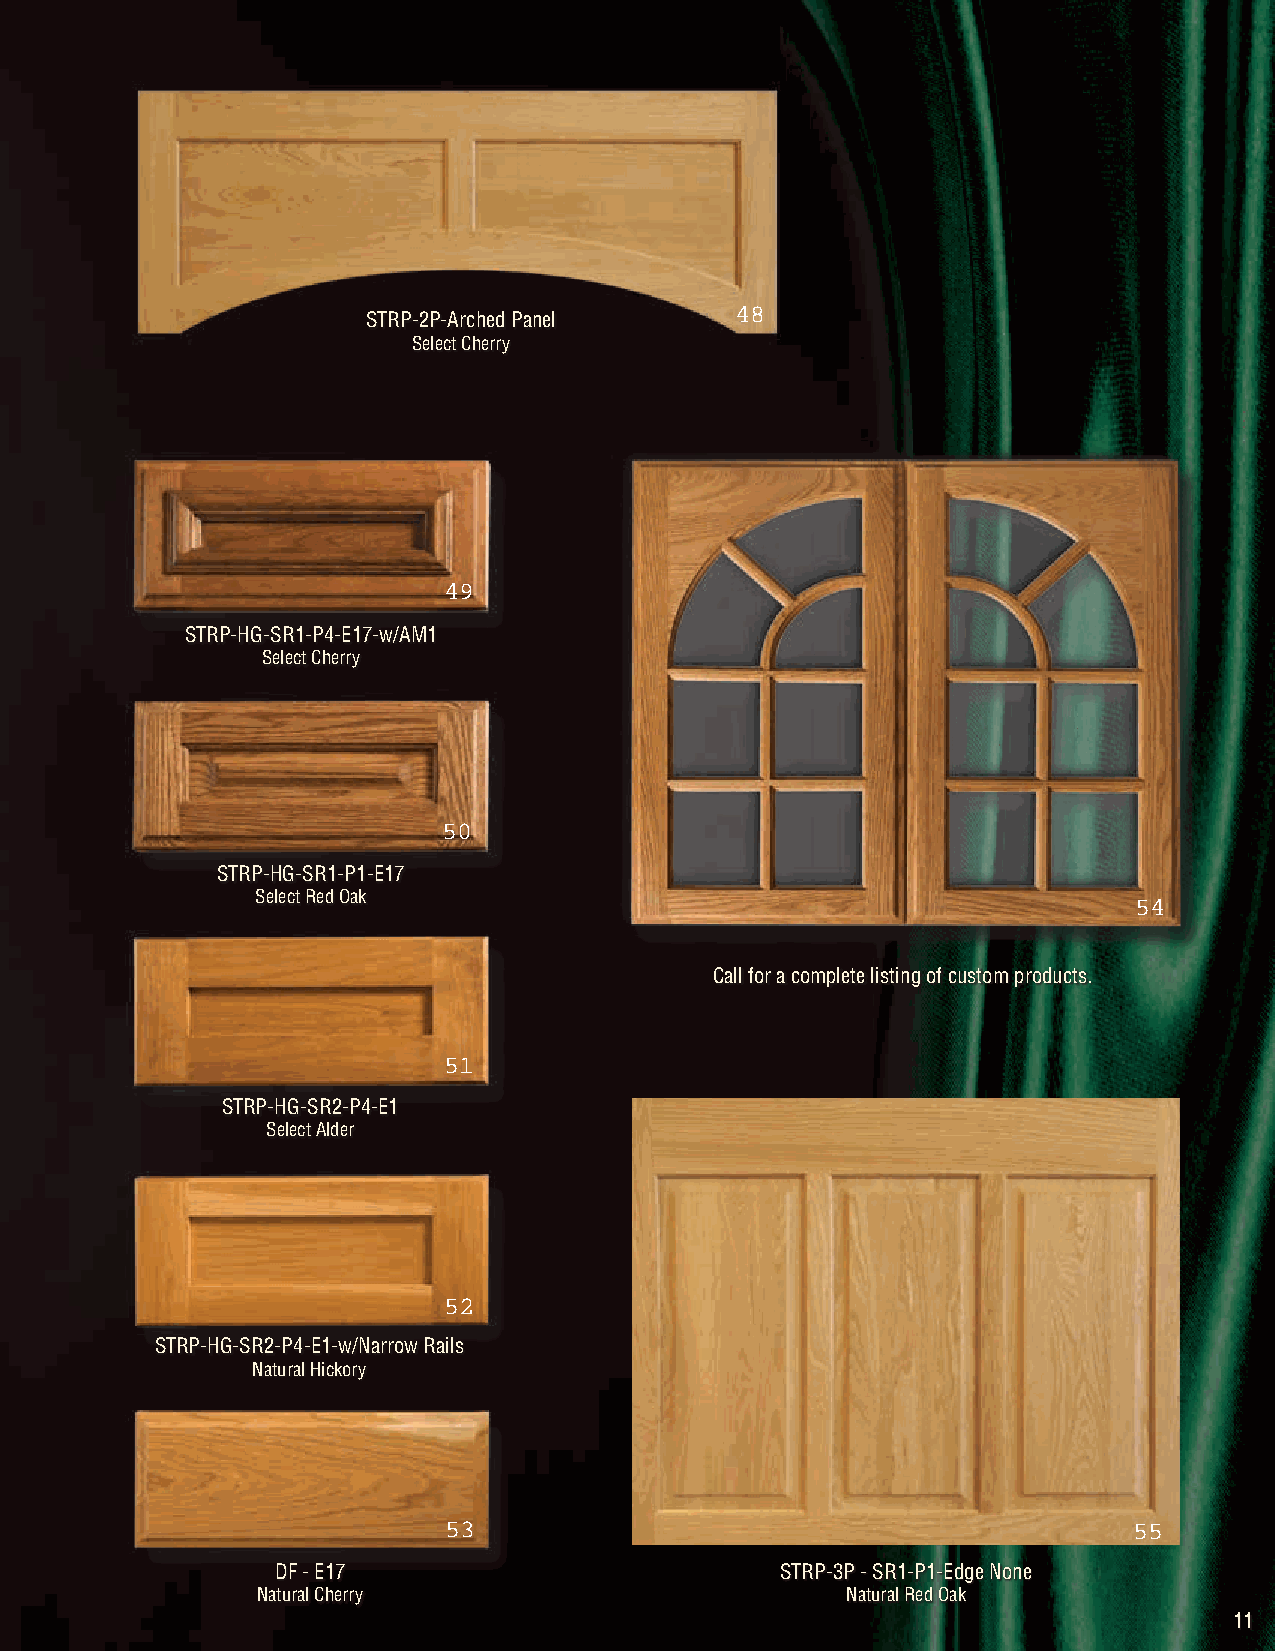
STRP-2P-Arched Panel
 Select Cherry
 STRP-HG-SR1-P4-E17-w/AM1
 Select Cherry
 STRP-HG-SR1-P1-E17
 Select Red Oak
 Call for a complete listing of custom products.
 STRP-HG-SR2-P4-E1
 Select Alder
 STRP-HG-SR2-P4-E1-w/Narrow Rails
 Natural Hickory
 DF - E17                          STRP-3P - SR1-P1-Edge None
 Natural Cherry                         Natural Red Oak
 11